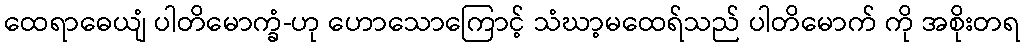
ထေရာဓေယျံ ပါတိမောက္ခံ-ဟု ဟောသောကြောင့် သံဃာ့မထေရ်သည် ပါတိမောက် ကို အစိုးတရ